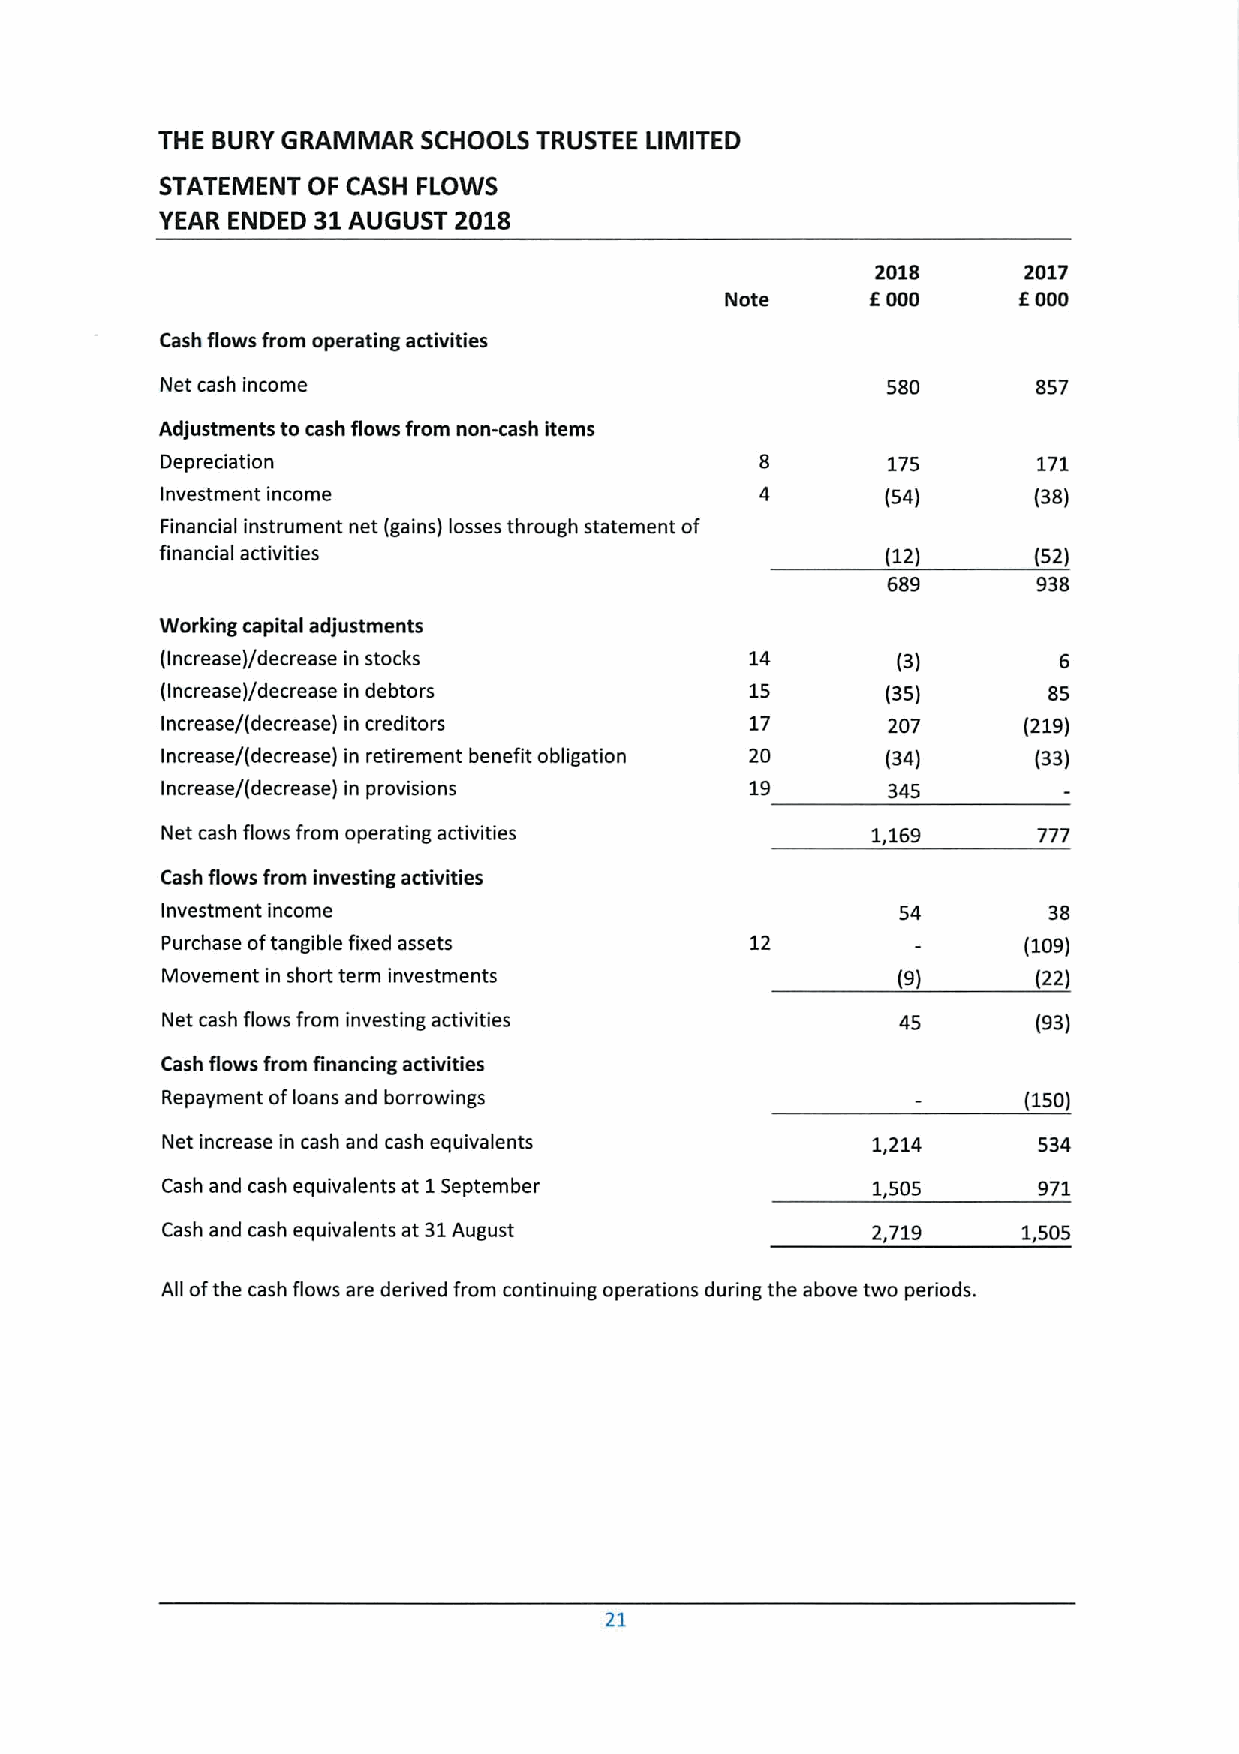
THE BURY GRAMMAR  SCHOOLS TRUSTEE LIMITED
 STATEMENT OF CASH FLOWS
 YEAR ENDED 31 AUGUST 2018
 2018      2017
 Note      6000     6000
 Cash flows from operating activities
 Net cash income                                 580       857
 Adjustments to cash flows from non-cash items
 Depreciation                                    175       171
 Investment income                               (54)     (38)
 Financial instrument net (gains) losses through statement of
 financial activities                            (12)     (52)
 689       938
 Working capital adjustments
 (Increase)/decrease in stocks          14       (3)        6
 (Increase)/decrease in debtors         15       (35)      85
 Increase/(decrease) in creditors       17       207      (219)
 Increase/(decrease) in retirement benefit obligation 20 (34) (33)
 Increase/(decrease) in provisions      19       345
 Net cash flows from operating activities       1,169      777
 Cash flows from investing activities
 Investment income                               54        38
 Purchase oftangible fixed assets       12                (109)
 Movement in short term investments              (9)       (22)
 Net cash flows from investing activities        45        (93)
 Cash flows from financing activities
 Repayment ofloans and borrowings                         (150)
 Net increase in cash and cash equivalents      1,214      534
 Cash and cash equivalents at 1September        1,505      971
 Cash and cash equivalents at 31August          2,719     1,505
 All ofthe cash flows are derived from continuing operations during the above two periods.
 21